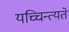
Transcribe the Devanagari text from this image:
यच्चिन्त्यते